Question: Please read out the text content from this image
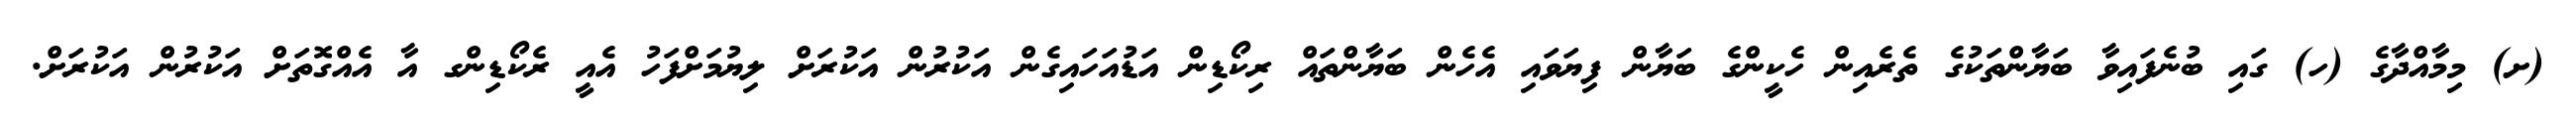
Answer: (ށ) މިމާއްދާގެ (ހ) ގައި ބުނެފައިވާ ބަޔާންތަކުގެ ތެރެއިން ހެކީންގެ ބަޔާން ފިޔަވައި އެހެން ބަޔާންތައް ރިކޯޑިން އަޑުއަހައިގެން އަކުރުން އަކުރަށް ލިޔުމަށްފަހު އެއީ ރެކޯޑިންގ އާ އެއްގޮތަށް އަކުރުން އަކުރަށް.